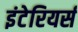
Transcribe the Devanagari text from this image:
इंटेरियर्स